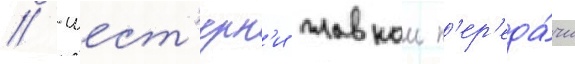
// -шест'ерн'и главнои п'ер'еда́чи